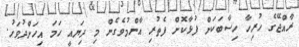
ރާއްޖޭގެ ހުރިހާ ހިސާބަކަށް ފުޅާކޮށް ފެތުރި އާންމުވެގެން މި ދިޔައީ ހަމަ އިހަށްދުވަހު.